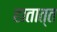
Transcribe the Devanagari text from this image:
हातात्त